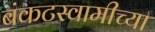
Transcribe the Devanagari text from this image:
बंकटस्वामीच्या